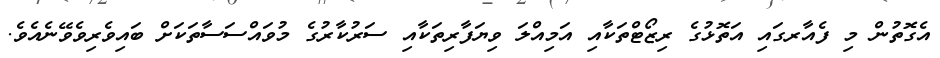
އެގޮތުން މި ފެއާރގައި އަތޮޅުގެ ރިޒޯޓްތަކާއި އަމިއްލަ ވިޔަފާރިތަކާއި ސަރުކާރުގެ މުވައްސަސާތަކަށް ބައިވެރިވެވޭނެއެވެ.